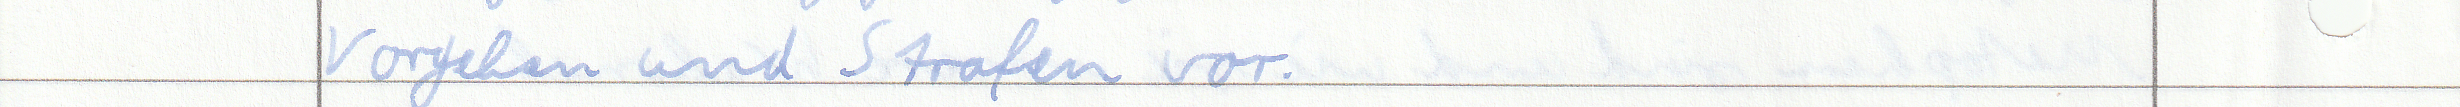
Vorgehen und Strafen vor.